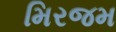
મિરજમ